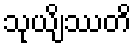
သုယျိဿတိ